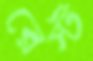
রেস্ট